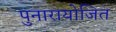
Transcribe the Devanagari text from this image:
पुनारायोजित